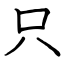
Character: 只